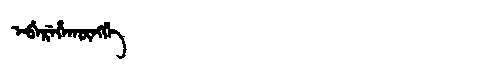
Manchu: ᡝᠪᡝᡵᡝᡥᠠᡴᡡᠩᡤᡝ
Romanization: EBEREHAKŪNGGE